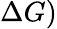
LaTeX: \Delta G)